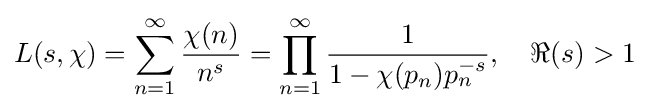
L(s,\chi )=\sum _{n=1}^{\infty }{\frac {\chi (n)}{n^{s}}}=\prod _{n=1}^{\infty }{\frac {1}{1-\chi (p_{n})p_{n}^{-s}}},\quad \Re (s)>1